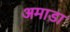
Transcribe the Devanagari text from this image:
अमाडा